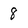
Character: 8